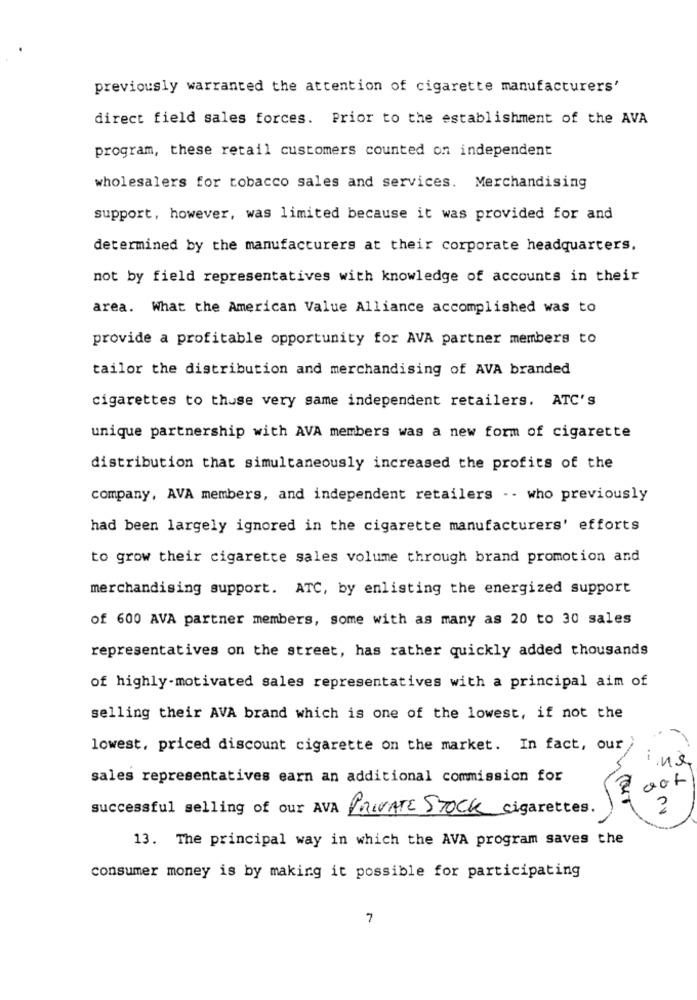
previously warranted the attention of cigarette manufacturers'
direct field sales forces. Prior to the establishment of the AVA
program, these retail customers counted on independent
wholesalers for tobacco sales and services. Merchandising
support, however, was limited because it was provided for and
determined by the manufacturers at their corporate headquarters.
not by field representatives with knowledge of accounts in their
area. What the American Value Alliance accomplished was to
provide a profitable opportunity for AVA partner members to
tailor the distribution and merchandising of AVA branded
cigarettes to thuse very same independent retailers. ATC's
unique partnership with AVA members was a new form of cigarette
distribution that simultaneously increased the profits of the
company, AVA members, and independent retailers -- who previously
had been largely ignored in the cigarette manufacturers' efforts
to grow their cigarette sales volume through brand promotion and
merchandising support. ATC, by enlisting the energized support
of 600 AVA partner members, some with as many as 20 to 30 sales
representatives on the street, has rather quickly added thousands
of highly-motivated sales representatives with a principal aim of
selling their AVA brand which is one of the lowest, if not the
lowest, priced discount cigarette on the market. In fact, our
ins
sales representatives earn an additional commission for
0
Successful selling of our AVA PRIVATE STOCK cigarettes.
3
13. The principal way in which the AVA program saves the
consumer money is by making it possible for participating
7